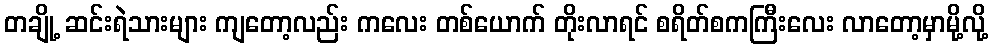
တချို့ ဆင်းရဲသားများ ကျတော့လည်း ကလေး တစ်ယောက် တိုးလာရင် စရိတ်စကကြီးလေး လာတော့မှာမို့လို့